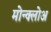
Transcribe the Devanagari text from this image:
मोन्क्लोअ